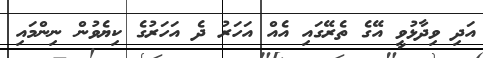
އަދި ވިދާޅުވީ އޭގެ ތެރޭގައި އެއް އަހަރު ދެ އަހަރުގެ ކިޔެވުން ނިންމައި